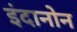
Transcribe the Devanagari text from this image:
इंदानोन